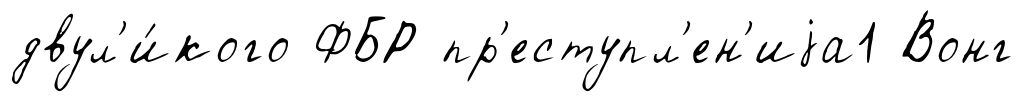
двул'и́кого ФБР пр'еступл'ен'иjа1 Вонг